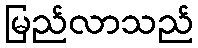
မြည်လာသည်